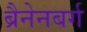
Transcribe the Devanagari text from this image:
ब्रैनेनबर्ग